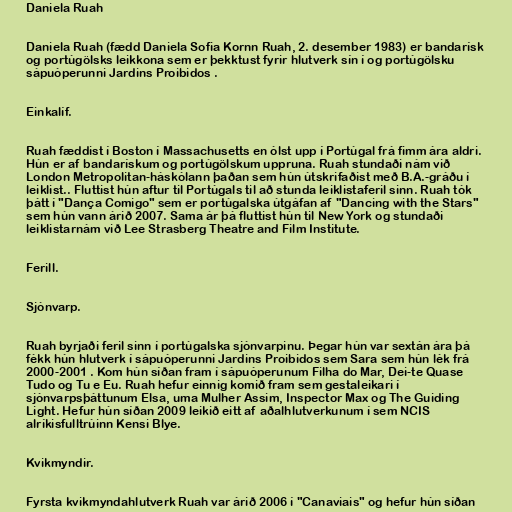
Daniela Ruah

Daniela Ruah (fædd Daniela Sofia Kornn Ruah, 2. desember 1983) er bandarísk
og portúgölsks leikkona sem er þekktust fyrir hlutverk sín í og portúgölsku
sápuóperunni Jardins Proibidos .

Einkalíf.

Ruah fæddist í Boston í Massachusetts en ólst upp í Portúgal frá fimm ára aldri.
Hún er af bandarískum og portúgölskum uppruna. Ruah stundaði nám við
London Metropolitan-háskólann þaðan sem hún útskrifaðist með B.A.-gráðu í
leiklist.. Fluttist hún aftur til Portúgals til að stunda leiklistaferil sinn. Ruah tók
þátt í "Dança Comigo" sem er portúgalska útgáfan af "Dancing with the Stars"
sem hún vann árið 2007. Sama ár þá fluttist hún til New York og stundaði
leiklistarnám við Lee Strasberg Theatre and Film Institute.

Ferill.

Sjónvarp.

Ruah byrjaði feril sinn í portúgalska sjónvarpinu. Þegar hún var sextán ára þá
fékk hún hlutverk í sápuóperunni Jardins Proibidos sem Sara sem hún lék frá
2000-2001 . Kom hún síðan fram í sápuóperunum Filha do Mar, Dei-te Quase
Tudo og Tu e Eu. Ruah hefur einnig komið fram sem gestaleikari í
sjónvarpsþáttunum Elsa, uma Mulher Assim, Inspector Max og The Guiding
Light. Hefur hún síðan 2009 leikið eitt af aðalhlutverkunum í sem NCIS
alríkisfulltrúinn Kensi Blye.

Kvikmyndir.

Fyrsta kvikmyndahlutverk Ruah var árið 2006 í "Canaviais" og hefur hún síðan